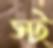
স্ট্